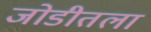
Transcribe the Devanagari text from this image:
जोडीतला